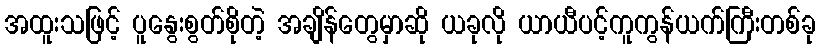
အထူးသဖြင့် ပူနွေးစွတ်စိုတဲ့ အချိန်တွေမှာဆို ယခုလို ယာယီပင့်ကူကွန်ယက်ကြီးတစ်ခု